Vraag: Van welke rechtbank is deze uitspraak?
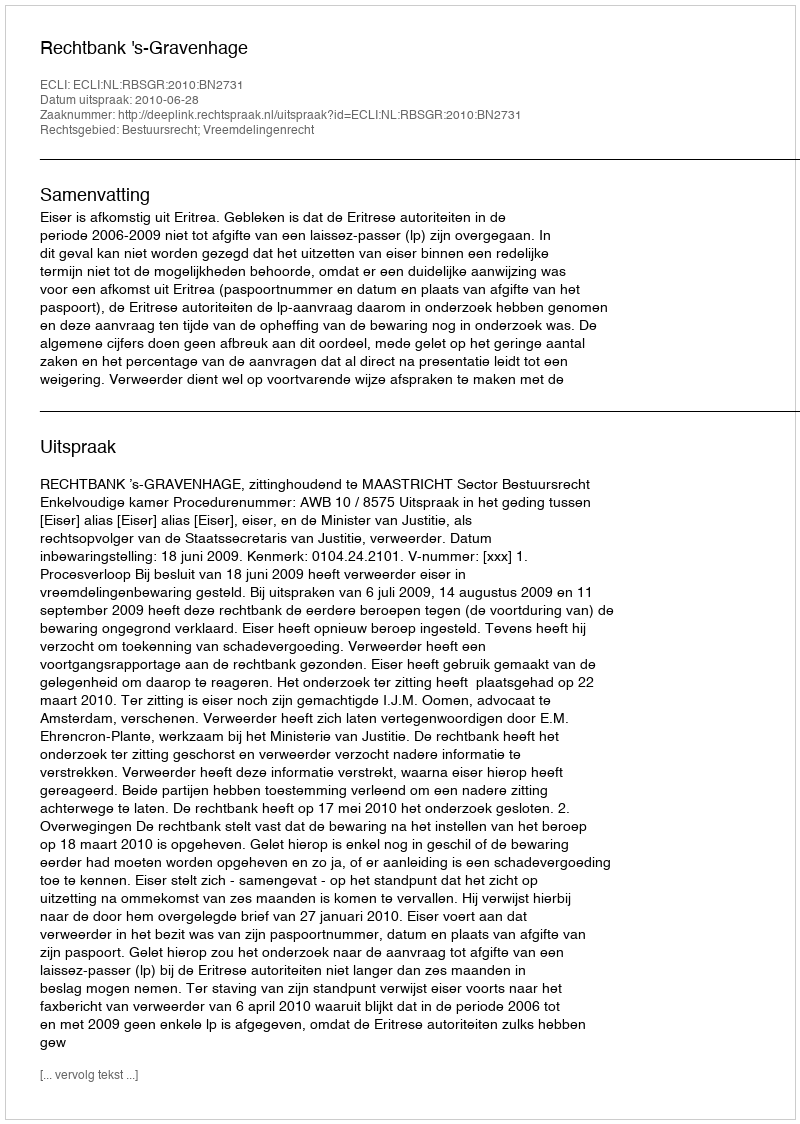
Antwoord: Rechtbank 's-Gravenhage